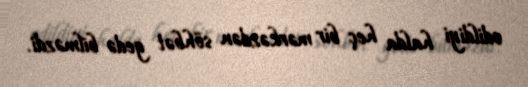
edildiyi halda heç bir mərkəzdən söhbət gedə bilməzdi.